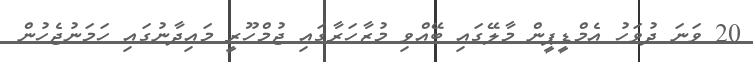
20 ވަނަ ދުވަހު އެމްޑީޕީން މާލޭގައި ބޭއްވި މުޒާހަރާގައި ޖުމްހޫރީ މައިދާނުގައި ހަމަނުޖެހުން